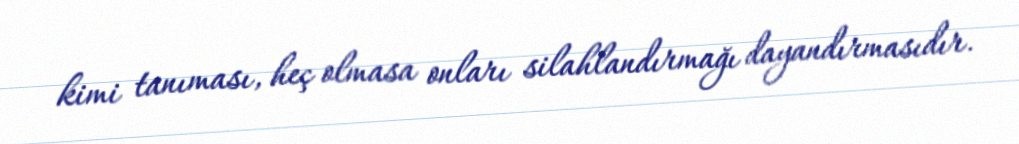
kimi tanıması, heç olmasa onları silahlandırmağı dayandırmasıdır.